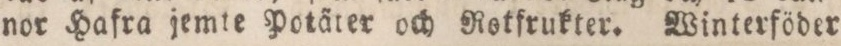
nor Hafra jemte Potäter och Rotfrukter. Winterföder